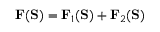
\mathbf { F } ( \mathbf { S } ) = \mathbf { F } _ { 1 } ( \mathbf { S } ) + \mathbf { F } _ { 2 } ( \mathbf { S } )